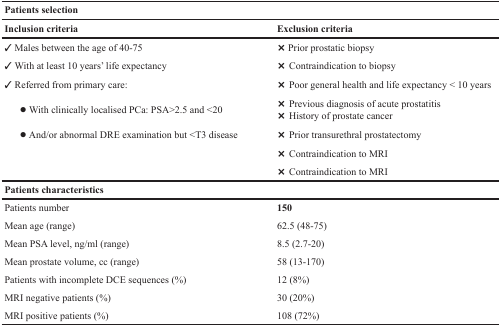
<table><thead><tr><td colspan="2"><b>Patients selection</b></td></tr><tr><td><b>Inclusion criteria</b></td><td><b>Exclusion criteria</b></td></tr></thead><tbody><tr><td>✓ Males between the age of 40-75</td><td>× Prior prostatic biopsy</td></tr><tr><td>✓ With at least 10 years’ life expectancy</td><td>× Contraindication to biopsy</td></tr><tr><td>✓ Referred from primary care:</td><td>× Poor general health and life expectancy &lt; 10 years</td></tr><tr><td>∙ With clinically localised PCa: PSA&gt;2.5 and &lt;20</td><td>× Previous diagnosis of acute prostatitis× History of prostate cancer</td></tr><tr><td rowspan="3">∙ And/or abnormal DRE examination but &lt;T3 disease</td><td>× Prior transurethral prostatectomy</td></tr><tr><td>× Contraindication to MRI</td></tr><tr><td>× Contraindication to MRI</td></tr><tr><td colspan="2"><b>Patients characteristics</b></td></tr><tr><td>Patients number</td><td><b>150</b></td></tr><tr><td>Mean age (range)</td><td>62.5 (48-75)</td></tr><tr><td>Mean PSA level, ng/ml (range)</td><td>8.5 (2.7-20)</td></tr><tr><td>Mean prostate volume, cc (range)</td><td>58 (13-170)</td></tr><tr><td>Patients with incomplete DCE sequences (%)</td><td>12 (8%)</td></tr><tr><td>MRI negative patients (%)</td><td>30 (20%)</td></tr><tr><td>MRI positive patients (%)</td><td>108 (72%)</td></tr></tbody></table>